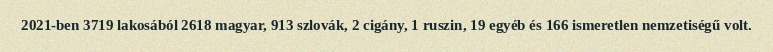
2021-ben 3719 lakosából 2618 magyar, 913 szlovák, 2 cigány, 1 ruszin, 19 egyéb és 166 ismeretlen nemzetiségű volt.